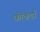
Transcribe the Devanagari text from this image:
कोकर्डा